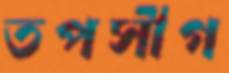
তপসীগ